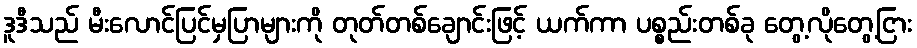
ဒူဒီသည် မီးလောင်ပြင်မှပြာများကို တုတ်တစ်ချောင်းဖြင့် ယက်ကာ ပစ္စည်းတစ်ခု တွေ့လိုတွေ့ငြား